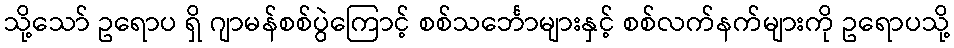
သို့သော် ဥရောပ ရှိ ဂျာမန်စစ်ပွဲကြောင့် စစ်သင်္ဘောများနှင့် စစ်လက်နက်များကို ဥရောပသို့